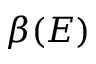
\beta ( E )